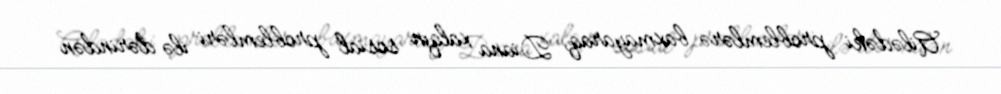
Ailədəki problemlərə baxmayaraq, Diana xalqın sosial problemləri ilə dərindən